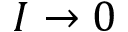
I \rightarrow 0